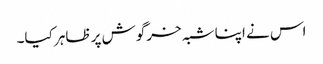
اس نے اپنا شبہ خرگوش پر ظاہر کیا۔